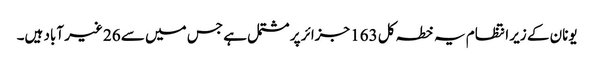
یونان کے زیر انتظام یہ خطہ کل 163 جزائر پر مشتمل ہے جس میں سے 26 غیر آباد ہیں۔